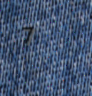
7